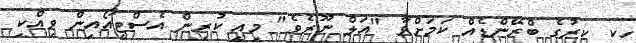
ހިކި ކިރުގެ ބްރޭންޑެއް ކަމަށްވާ "އަލް ނޫރެވެ" މިއީ ކުރިން އެސްޓީއޯއިން ވިއްކި